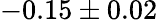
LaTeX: -0.15\pm 0.02